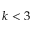
k < 3